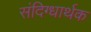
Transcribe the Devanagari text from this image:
संदिग्धार्थक